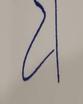
Signature authenticity: forged